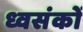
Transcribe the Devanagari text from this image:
ध्वसंकों